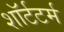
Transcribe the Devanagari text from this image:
शॉर्टटर्म